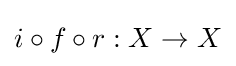
i\circ f\circ r:X\to X